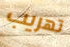
تهريب